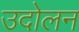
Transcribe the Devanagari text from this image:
उदोलन